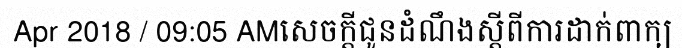
Apr 2018 / 09:05 AMសេចក្តីជូនដំណឹងស្តីពីការដាក់ពាក្យ